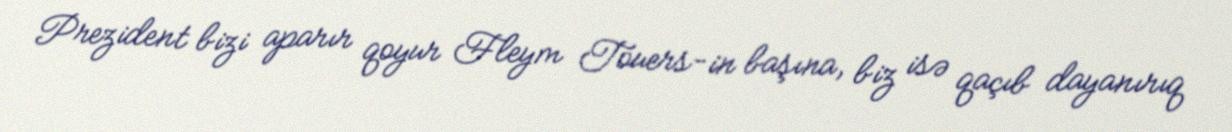
Prezident bizi aparır qoyur Fleym Touers-in başına, biz isə qaçıb dayanırıq